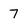
Character: 7